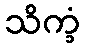
သိက္ခံ